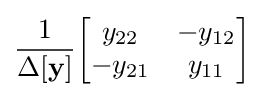
{\frac {1}{\Delta \mathbf {[y]} }}{\begin{bmatrix}y_{22}&-y_{12}\\-y_{21}&y_{11}\end{bmatrix}}